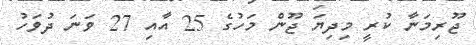
ޖޫރިމަނާ ކުރީ މިދިޔަ ޖޫން މަހުގެ 25 އާއި 27 ވަނަ ދުވަހު